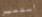
أستعير